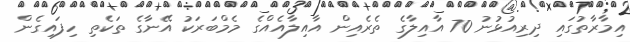
އިމާރާތުގައި ދިރިއުޅުނު 70 އާއިލާގެ ތެރެއިން އާއިލާއެއްގެ މެމްބަރަކު އޭނާގެ ތަކެތި ހިފައިގެން